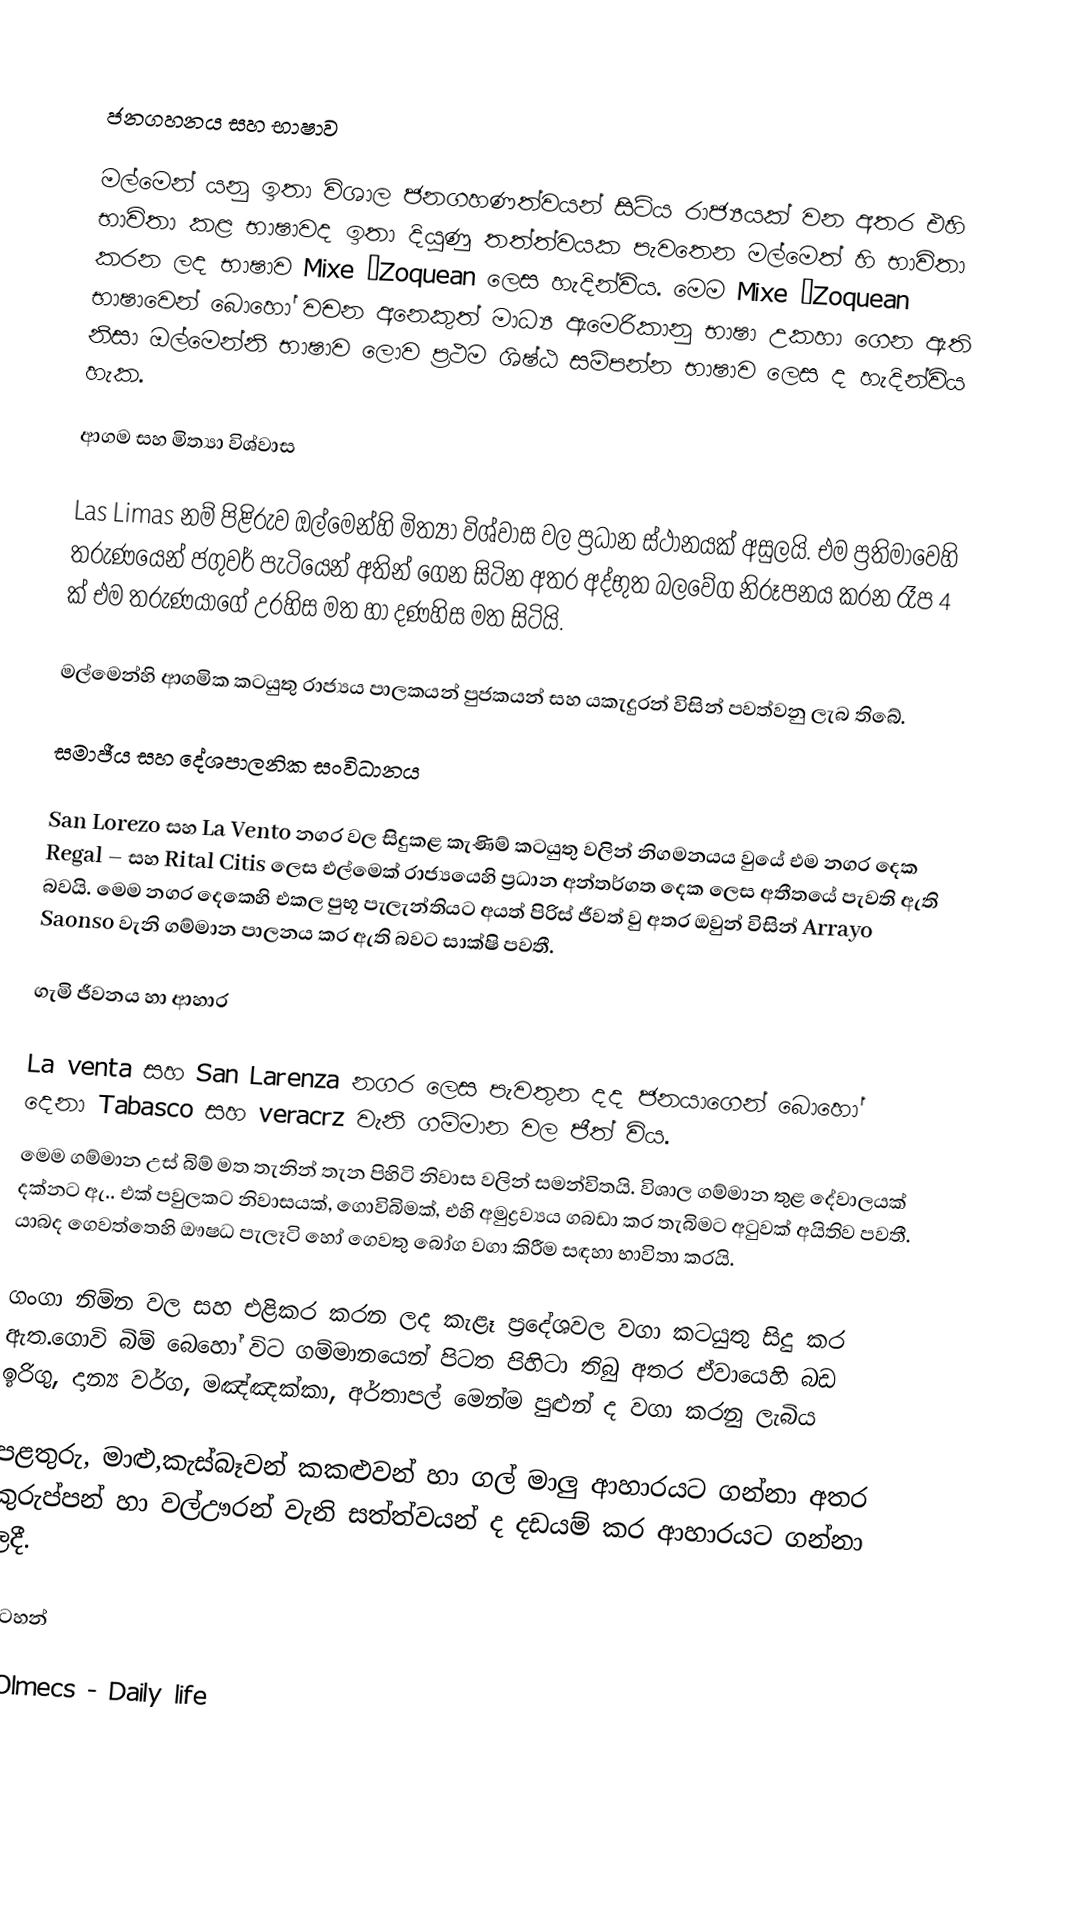

ජනගහනය සහ භාෂාව

මල්මෙන් යනු ඉතා විශාල ජනගහණත්වයන් සිටිය රාජ්‍යයක් වන අතර එහි භාවිතා කළ භාෂාවද ඉතා දියුණු තත්ත්වයක පැවතෙන මල්මෙත් හි භාවිතා කරන ලද භාෂාව Mixe –Zoquean  ලෙස හැදින්විය. මෙම Mixe –Zoquean   භාෂාවෙන් බොහෝ වචන අනෙකුත් මාධ්‍ය ඇමෙරිකානු භාෂා උකහා ගෙන ඇති නිසා ඔල්මෙන්නි භාෂාව ලොව ප්‍රථම ශිෂ්ඨ සම්පන්න භාෂාව ලෙස ද හැදින්විය හැක.

ආගම සහ මිත්‍යා විශ්වාස

Las Limas නම් පිළිරුව ඔල්මෙන්හි මිත්‍යා විශ්වාස වල ප්‍රධාන ස්ථානයක් අසුලයි. එම ප්‍රතිමාවෙහි තරුණයෙන් ජගුවර් පැටියෙන් අතින් ගෙන සිටින අතර අද්භුත බලවේග නිරූපනය කරන රෑප 4 ක් එම තරුණයාගේ උරහිස මත හා දණහිස මත සිටියි.

මල්මෙන්හි ආගමික කටයුතු රාජ්‍යය පාලකයන් පුජකයන් සහ යකැදුරන් විසින් පවත්වනු ලැබ ති‍බේ.

සමාජීය සහ දේශපාලනික සංවිධානය

San Lorezo සහ  La Vento නගර වල සිදුකළ කැණිම් කටයුතු වලින් නිගමනයය වුයේ එම නගර දෙක  Regal – සහ  Rital Citis ලෙස එල්මෙක් රාජ්‍යයෙහි ප්‍රධාන අන්තර්ගත දෙක ලෙස අතීතයේ පැවති ඇති බවයි. මෙම නගර දෙකෙහි එකල පුභූ පැලැන්තියට අයත් පිරිස් ජීවත් වු අතර ඔවුන් විසින් Arrayo Saonso   වැනි ගම්මාන පාලනය කර ඇති බවට සාක්ෂි පවතී.

ගැමි ජීවනය හා ආහාර

La venta සහ  San Larenza නගර ලෙස පැවතුන දද ජනයාගෙන් බොහෝ දෙනා Tabasco සහ veracrz වැනි ගම්මාන වල ජීත් විය.
මෙම ගම්මාන උස් බිම් මත තැනින් තැන පිහිටි නිවාස වලින් සමන්විතයි. විශාල ගම්මාන තුළ දේවාලයක් දක්නට ඇ.. එක් පවුලකට නිවාසයක්, ගොවිබිමක්, එහි අමුද්‍රව්‍යය ගබඩා කර තැබිමට අටුවක් අයිතිව පවතී. යාබද ගෙවත්තෙහි ‍ඖෂධ පැලෑටි හෝ ගෙවතු බෝග වගා කිරීම සඳහා භාවිතා කරයි.

ගංගා නිම්න වල සහ එළිකර කරන ලද කැළෑ ප්‍රදේශවල වගා කටයුතු සිදු කර ඇත.ගොවි බිම් බෙහෝ විට ගම්මානයෙන් පිටත  පිහිටා තිබු අතර ඒවායෙහි බඩ ඉරිගු, දාන්‍ය වර්ග, මඤ්ඤක්කා, අර්තාපල් මෙන්ම පුළුන් ද වගා කරනු ලැබිය

පළතුරු, මාළු,කැස්බෑවන් කකළුවන් හා ගල් මාලු ආහාරයට ගන්නා අතර කුරුප්පන් හා වල්ඌරන් වැනි සත්ත්වයන් ද දඩයම් කර ආහාරයට ගන්නා ලදී.

සටහන්

| Olmecs - Daily life
|}
{|